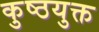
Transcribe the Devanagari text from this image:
कुष्ठयुक्त